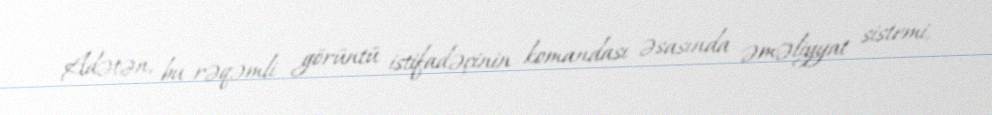
Adətən, bu rəqəmli görüntü istifadəçinin komandası əsasında əməliyyat sistemi,